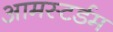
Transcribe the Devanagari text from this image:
आमस्टर्डम